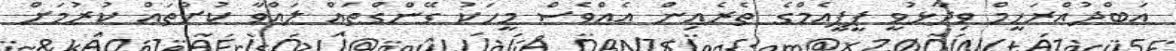
އަބްދުއްރަހީމް ވިދާޅުވީ ޕީޕީއެމްގެ ތެރެއިން އެއްވެސް މީހަކު ގޭންގްތައް ލައްވާ ކުށްތައް ކުރުމަށް